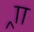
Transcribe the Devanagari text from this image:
र्‍ाा